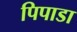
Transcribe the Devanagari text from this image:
पिपाडा